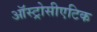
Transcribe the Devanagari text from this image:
ऑस्ट्रोसीएटिक